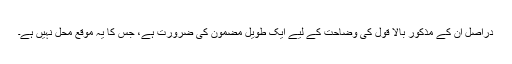
دراصل ان کے مذکور بالا قول کی وضاحت کے لیے ایک طویل مضمون کی ضرورت ہے، جس کا یہ موقع محل نہیں ہے۔